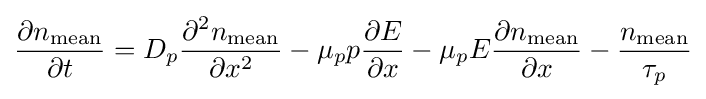
{\frac {\partial n_{\text{mean}}}{\partial t}}=D_{p}{\frac {\partial ^{2}n_{\text{mean}}}{\partial x^{2}}}-\mu _{p}p{\frac {\partial E}{\partial x}}-\mu _{p}E{\frac {\partial n_{\text{mean}}}{\partial x}}-{\frac {n_{\text{mean}}}{\tau _{p}}}